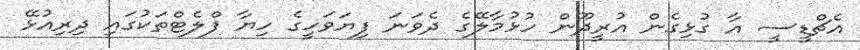
އެޗްޑީސީ އާ ގުޅިގެން އުރީދޫން ހުޅުމާލޭގެ ދެވަނަ ފިޔަވަހީގެ ހިޔާ ފްލެޓްތަކުގައި ދިރިއުޅޭ